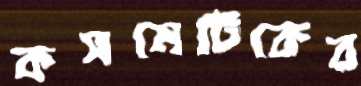
কসমেটিকের